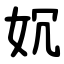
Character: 㚮